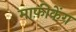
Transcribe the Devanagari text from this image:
माफ़ीकेंग